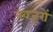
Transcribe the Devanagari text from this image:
ख़जूरों